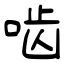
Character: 啮